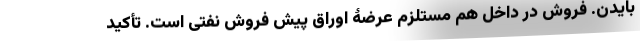
بایدن. فروش در داخل هم مستلزم عرضۀ اوراق پیش فروش نفتی است. تأکید